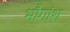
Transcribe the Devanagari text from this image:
भौगांश